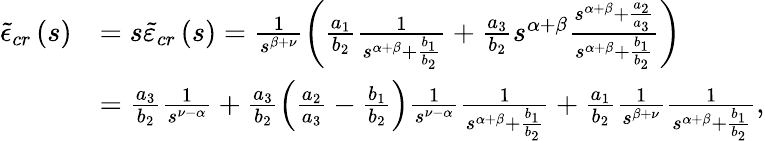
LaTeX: \begin{array}{rl}{\tilde{\epsilon}_{cr}\left(s\right)}&{=s\tilde{\varepsilon}_{cr}\left(s\right)=\frac{1}{s^{\beta+\nu}}\left(\frac{a_{1}}{b_{2}}\frac{1}{s^{\alpha+\beta}+\frac{b_{1}}{b_{2}}}+\frac{a_{3}}{b_{2}}s^{\alpha+\beta}\frac{s^{\alpha+\beta}+\frac{a_{2}}{a_{3}}}{s^{\alpha+\beta}+\frac{b_{1}}{b_{2}}}\right)}\\ &{=\frac{a_{3}}{b_{2}}\frac{1}{s^{\nu-\alpha}}+\frac{a_{3}}{b_{2}}\left(\frac{a_{2}}{a_{3}}-\frac{b_{1}}{b_{2}}\right)\frac{1}{s^{\nu-\alpha}}\frac{1}{s^{\alpha+\beta}+\frac{b_{1}}{b_{2}}}+\frac{a_{1}}{b_{2}}\frac{1}{s^{\beta+\nu}}\frac{1}{s^{\alpha+\beta}+\frac{b_{1}}{b_{2}}},}\end{array}